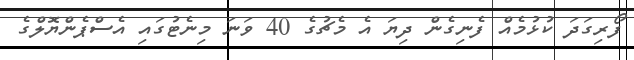
ފޯރިގަދަ ކުޅުމެއް ފެނިގެން ދިޔަ އެ މެޗުގެ 40 ވަނަ މިނެޓުގައި އެސްޕެންޔޮލްގެ